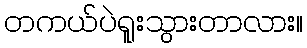
တကယ်ပဲရူးသွားတာလား။